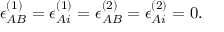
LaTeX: \epsilon _ { A B } ^ { ( 1 ) } = \epsilon _ { A i } ^ { ( 1 ) } = \epsilon _ { A B } ^ { ( 2 ) } = \epsilon _ { A i } ^ { ( 2 ) } = 0 .